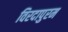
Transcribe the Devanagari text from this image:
विरदापुरम